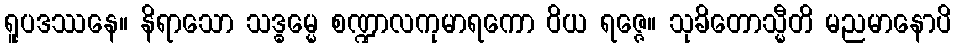
ရူပဒဿနေ။ နိရာသော သဒ္ဓမ္မေ စဏ္ဍာလကုမာရကော ဝိယ ရဇ္ဇေ။ သုခိတောသ္မီတိ မညမာနောပိ